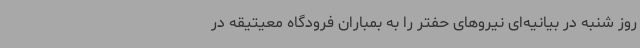
روز شنبه در بیانیه‌ای نیروهای حفتر را به بمباران فرودگاه معیتیقه در